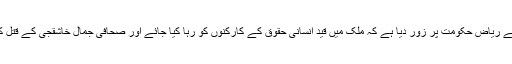
يورپی يونين کی تمام اٹھائيس رياستوں سميت کُل چھتيس ممالک نے رياض حکومت پر زور ديا ہے کہ ملک ميں قيد انسانی حقوق کے کارکنوں کو رہا کيا جائے اور صحافی جمال خاشقجی کے قتل کی تحقيقات کے سلسلے ميں اقوام متحدہ کے ساتھ تعاون کيا جائے۔